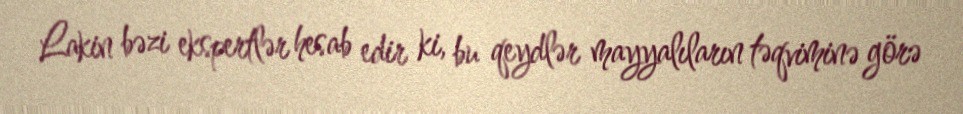
Lakin bəzi ekspertlər hesab edir ki, bu qeydlər mayyalıların təqviminə görə